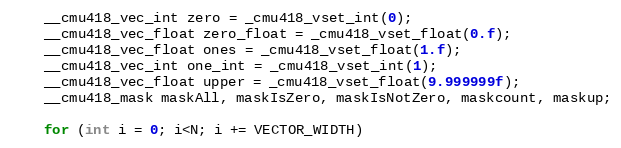
Language: C++
	__cmu418_vec_int zero = _cmu418_vset_int(0);
	__cmu418_vec_float zero_float = _cmu418_vset_float(0.f);
	__cmu418_vec_float ones = _cmu418_vset_float(1.f);
	__cmu418_vec_int one_int = _cmu418_vset_int(1);
	__cmu418_vec_float upper = _cmu418_vset_float(9.999999f);
	__cmu418_mask maskAll, maskIsZero, maskIsNotZero, maskcount, maskup;

	for (int i = 0; i<N; i += VECTOR_WIDTH)